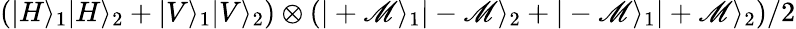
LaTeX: \left(|H\rangle_{1}|H\rangle_{2}+|V\rangle_{1}|V\rangle_{2}\right)\otimes\left(|+\mathscr{M}\rangle_{1}|-\mathscr{M}\rangle_{2}+|-\mathscr{M}\rangle_{1}|+\mathscr{M}\rangle_{2}\right)/2